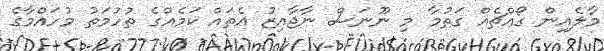
މާލެއިން ގޯއްޗެއް ގަތުމާ މި ނޫނަސް ނާޖާއިޒު އެތައް ކަމެއްގެ ތުހުމަތު މުހައްމާގެ